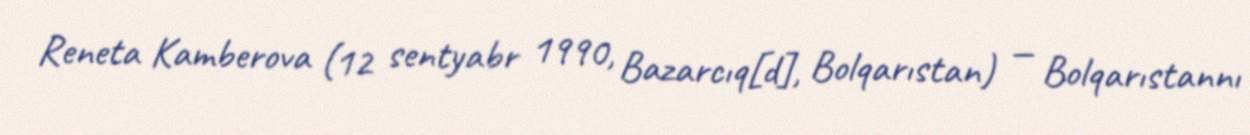
Reneta Kamberova (12 sentyabr 1990, Bazarcıq[d], Bolqarıstan) — Bolqarıstannı